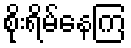
စိုးရိမ်နေကြ